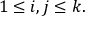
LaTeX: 1 \leq i , j \leq k .